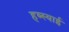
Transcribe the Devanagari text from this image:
हब्स्याई